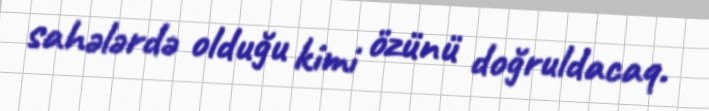
sahələrdə olduğu kimi özünü doğruldacaq.